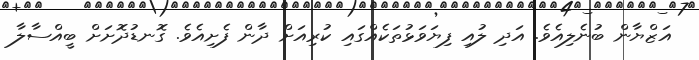
އަޒްޔާން ބުނެލިއެވެ. އަދި ލުއި ފިޔަވަޅުތަކެއްގައި ކުރިއަށް ދާން ފެށިއެވެ. ގޮނޑުދޮށަށް ބީއްސާލާ